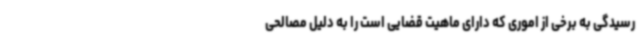
رسیدگی به برخی از اموری که دارای ماهیت قضایی است را به دلیل مصالحی